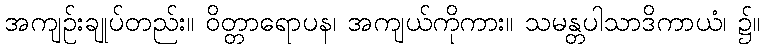
အကျဉ်းချုပ်တည်း။ ဝိတ္တာရောပန၊ အကျယ်ကိုကား။ သမန္တပါသာဒိကာယံ၊ ၌။